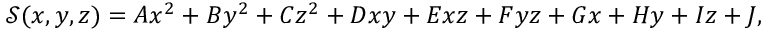
\mathcal { S } ( x , y , z ) = A x ^ { 2 } + B y ^ { 2 } + C z ^ { 2 } + D x y + E x z + F y z + G x + H y + I z + J ,